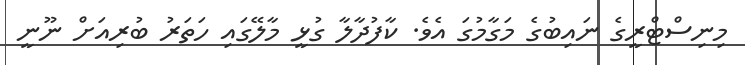
މިނިސްޓްރީގެ ނައިބުގެ މަގާމުގަ އެވެ. ކާފުދާލާ ގުޅީ މާލޭގައި ހަތަރު ބުރިއަށް ނޫނީ